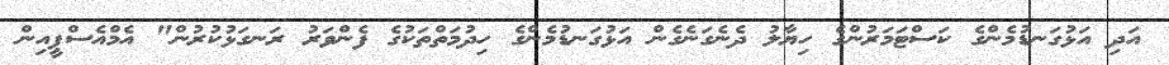
އަދި އަޅުގަނޑުމެންގެ ކަސްޓަމަރުންގެ ހިޔާލު ދެނެގަނެގެން އަޅުގަނޑުމެންގެ ހިދުމަތްތަކުގެ ފެންވަރު ރަނގަޅުކުރުން" އެމްއެސްޕީއިން